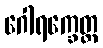
ဂေါရက္ခေတ္ထ